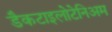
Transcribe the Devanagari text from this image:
डैकटाइलोटेनिअम